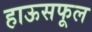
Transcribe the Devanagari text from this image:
हाऊसफूल